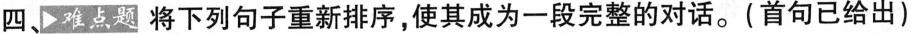
四、难点题 将下列句子重新排序,使其成为一段完整的对话.(首句已给出)